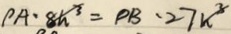
P A \cdot 8 h ^ { 3 } = P B \cdot 2 7 k ^ { 3 }